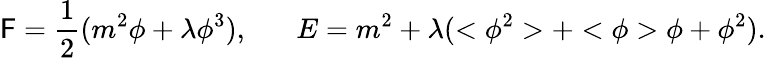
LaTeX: \mathsf{F}=\frac{{1}}{{2}}(m^{2}\phi+\lambda\phi^{3}),\; \; \; \; \; \; E=m^{2}+\lambda(<\phi^{2}>+<\phi>\phi+\phi^{2}).